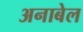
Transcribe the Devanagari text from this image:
अनाबेल